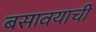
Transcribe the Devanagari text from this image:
बसावयाची